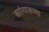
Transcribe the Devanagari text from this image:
सांगरुण